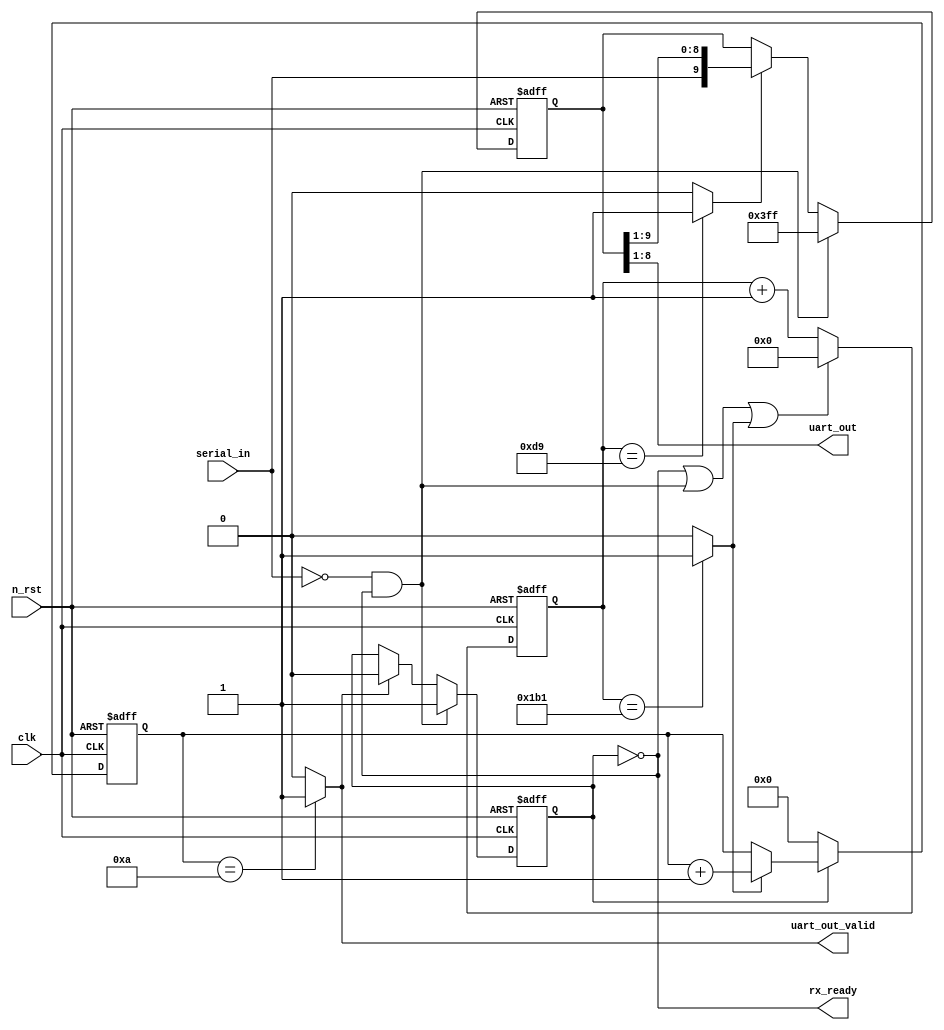
module uart_rx#(
    parameter CLK_FREQ = 50_000_000,
    parameter BAUD_RATE = 115_200
)(
    input clk,
    input n_rst,

    output [7:0] uart_out,
    output uart_out_valid,
    output rx_ready,

    input serial_in
);

    localparam TIME_EDGE = CLK_FREQ / BAUD_RATE;
    localparam CNT_WIDTH = $clog2(TIME_EDGE);
    localparam READ_TIME = TIME_EDGE / 2;

    //internal registers
    reg busy;
    reg [CNT_WIDTH-1:0] clk_cnt;
    reg [3:0] buff_cnt;
    reg [9:0] buffer;

    //internal flags
    wire symbol_edge;
    wire cnt_reset;
    wire start;
    wire read;
    wire eob;

    //flag assignment

    //rx start
    assign start = (!serial_in) && (!busy);

    //uart BPS tick
    assign symbol_edge = (clk_cnt == (TIME_EDGE-1)) ? 1'b1 : 1'b0;

    //clock counter reset flag
    assign cnt_reset = (!busy) || (start) || (symbol_edge);

    //uart input read flag (read time)
    assign read = (clk_cnt == READ_TIME) ? 1'b1 : 1'b0;

    //end of buffer
    assign eob = (buff_cnt == 4'hA) ? 1'b1 : 1'b0;

    //output assignment
    assign uart_out = buffer[8:1];
    assign uart_out_valid = eob;
    assign rx_ready = !busy;

    //busy control
    always @(posedge clk or negedge n_rst)begin
        if(!n_rst)
            busy <= 1'b0;
        else if(start)
            busy <= 1'b1;
        else if(eob)
            busy <= 1'b0;
        else
            busy <= busy;
    end

    //clock counter for generating symbol_edge
    always @(posedge clk or negedge n_rst)begin
        if(!n_rst)
            clk_cnt <= 0;
        else if(cnt_reset)
            clk_cnt <= 0;
        else
            clk_cnt <= clk_cnt + 1;
    end

    //uart byte buffer
    always @(posedge clk or negedge n_rst)begin
        if(!n_rst)
            buffer <= 10'h3FF;
        else if(start)
            buffer <= 10'h3FF;
        else if(read)
            buffer <= {serial_in,buffer[9:1]};
        else
            buffer <=  buffer;
    end

    //buffer bit counter
    always @(posedge clk or negedge n_rst)begin
        if(!n_rst)
            buff_cnt <= 4'h0;
        else if(!busy)
            buff_cnt <= 4'h0;
        else if(symbol_edge)
            buff_cnt <= buff_cnt + 4'h1;
        else
            buff_cnt <= buff_cnt;
    end
endmodule